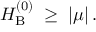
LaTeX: H _ { \mathrm { B } } ^ { ( 0 ) } \; \geq \; | \mu | \, .